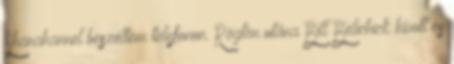
Shanahannel beszéltem telefonon. Rögtön utána Bill Belichick hívott és